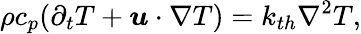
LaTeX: \rho c_{p}(\partial_{t}T+\boldsymbol{u}\cdot\nabla T)=k_{th}\nabla^{2}T,